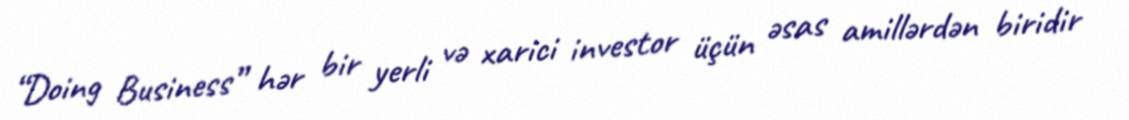
“Doing Business” hər bir yerli və xarici investor üçün əsas amillərdən biridir